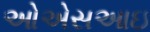
ઓએસઆઇ